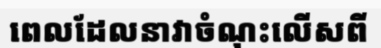
ពេលដែលនាវាចំណុះលើសពី